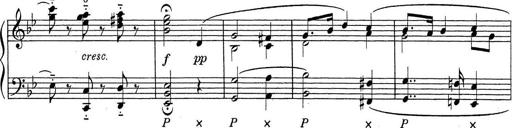
Title: ÄŒeskÃ© Sonatiny
Composer: Various